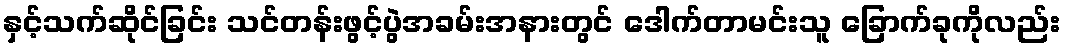
နှင့်သက်ဆိုင်ခြင်း သင်တန်းဖွင့်ပွဲအခမ်းအနားတွင် ဒေါက်တာမင်းသူ ခြောက်ခုကိုလည်း